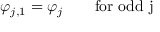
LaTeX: \varphi _ { j , 1 } = \varphi _ { j } \qquad \mathrm { f o r ~ o d d ~ j ~ }